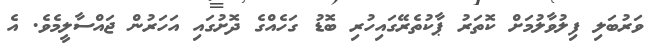
ވަރުބަލި ފިލުވާލުމަށް ކޮތަރު ޕާކުތެރޭގައިހުރި ބޮޑު ގަހެއްގެ ދޮށުގައި އަހަރުން ޖައްސާލީމެވެ. އެ